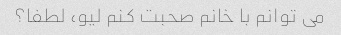
می توانم با خانم صحبت کنم لیو، لطفا؟